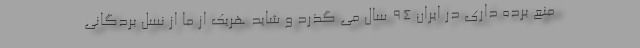
منع برده داری در ایران 94 سال می گذرد و شاید هریک از ما از نسل بردگانی